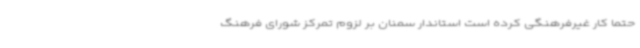
حتما کار غیرفرهنگی کرده است استاندار سمنان بر لزوم تمرکز شورای فرهنگ